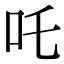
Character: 吒